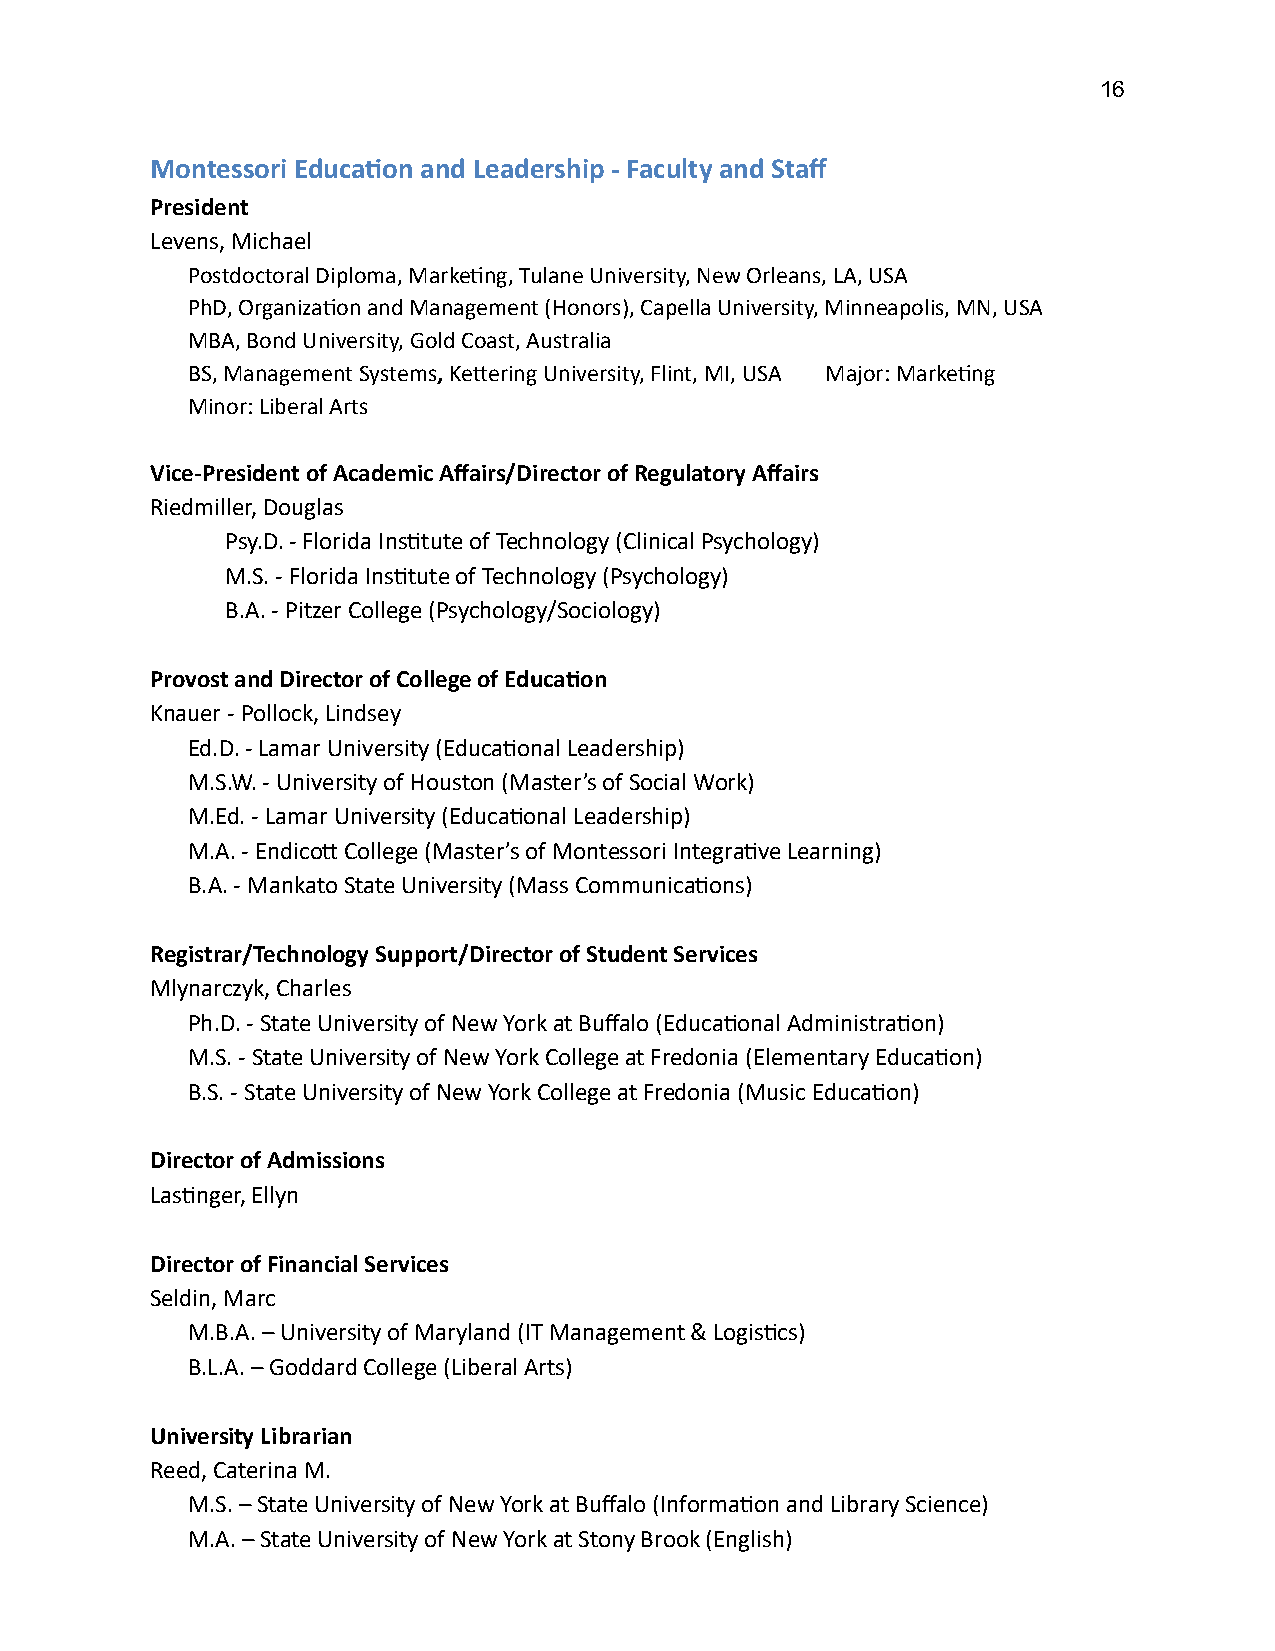
16
 Montessori Educaon and Leadership - Faculty and Staff
 President
 Levens, Michael
 Postdoctoral Diploma, Markeng, Tulane University, New Orleans, LA, USA
 PhD, Organizaon and Management (Honors), Capella University, Minneapolis, MN, USA
 MBA, Bond University, Gold Coast, Australia
 BS, Management Systems , Keering University, Flint, MI, USA Major: Markeng
 Minor: Liberal Arts
 Vice-President of Academic Affairs/Director of Regulatory Affairs
 Riedmiller, Douglas
 Psy.D. - Florida Instute of Technology (Clinical Psychology)
 M.S. - Florida Instute of Technology (Psychology)
 B.A. - Pitzer College (Psychology/Sociology)
 Provost and Director of College of Educaon
 Knauer - Pollock, Lindsey
 Ed.D. - Lamar University (Educaonal Leadership)
 M.S.W. - University of Houston (Master’s of Social Work)
 M.Ed. - Lamar University (Educaonal Leadership)
 M.A. - Endico College (Master’s of Montessori Integrave Learning)
 B.A. - Mankato State University (Mass Communicaons)
 Registrar/Technology Support/Director of Student Services
 Mlynarczyk, Charles
 Ph.D. - State University of New York at Buffalo (Educaonal Administraon)
 M.S. - State University of New York College at Fredonia (Elementary Educaon)
 B.S. - State University of New York College at Fredonia (Music Educaon)
 Director of Admissions
 Lasnger, Ellyn
 Director of Financial Services
 Seldin, Marc
 M.B.A. – University of Maryland (IT Management & Logiscs)
 B.L.A. – Goddard College (Liberal Arts)
 University Librarian
 Reed, Caterina M.
 M.S. – State University of New York at Buffalo (Informaon and Library Science)
 M.A. – State University of New York at Stony Brook (English)